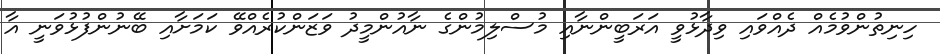
ހިނިތުންވުމެއް ދެއްވައި ވިދާޅުވީ އަރަބީންނާއި މުސްލިމުންގެ ނާއުންމީދު ވަޒަންކުރެއްވޭ ކަމަށާއި ބޭނުންފުޅުވަނީ އާ